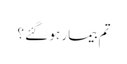
تم بیمار ہو گئے ؟